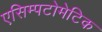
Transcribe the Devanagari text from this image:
एसिम्पटोमेटिक